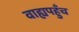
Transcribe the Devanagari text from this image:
वाह्यपहुँच